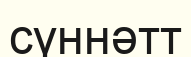
сүннәтт